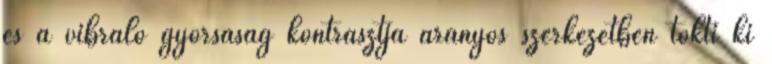
és a vibráló gyorsaság kontrasztja arányos szerkezetben tökti ki